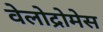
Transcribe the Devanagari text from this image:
वेलोद्रोमेस